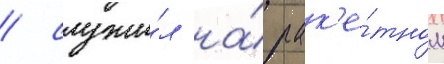
/ служи́л на́ рак'е́тном